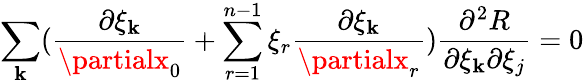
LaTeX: \sum_{\mathbf{k}}(\frac{{\partial\xi_{\mathbf{k}}}}{{\partialx_{0}}}+\sum_{r=1}^{n-1}\xi_{r}\frac{{\partial\xi_{\mathbf{k}}}}{{\partialx_{r}}})\frac{{\partial^{2}R}}{{\partial\xi_{\mathbf{k}}\partial\xi_{j}}}=0